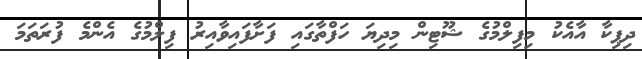
ދިޕިކާ އާއެކު މިފިލްމުގެ ޝޫޓިން މިދިޔަ ހަފްތާގައި ފަށާފައިވާއިރު ފިލްމުގެ އެންމެ ފުރަތަމަ